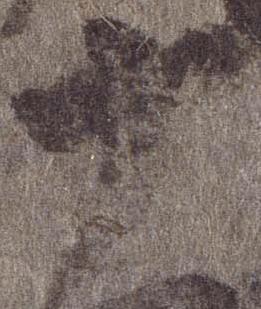
十